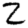
Digit: 2